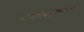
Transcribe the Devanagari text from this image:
नामनवानुवर्तिन्